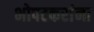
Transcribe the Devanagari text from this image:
भोपटकरांना